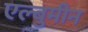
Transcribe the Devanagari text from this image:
एल्बुमीन